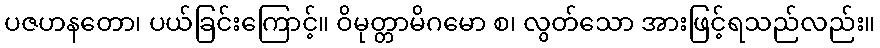
ပဇဟနတော၊ ပယ်ခြင်းကြောင့်။ ဝိမုတ္တာမိဂမော စ၊ လွတ်သော အားဖြင့်ရသည်လည်း။